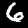
Label: 6